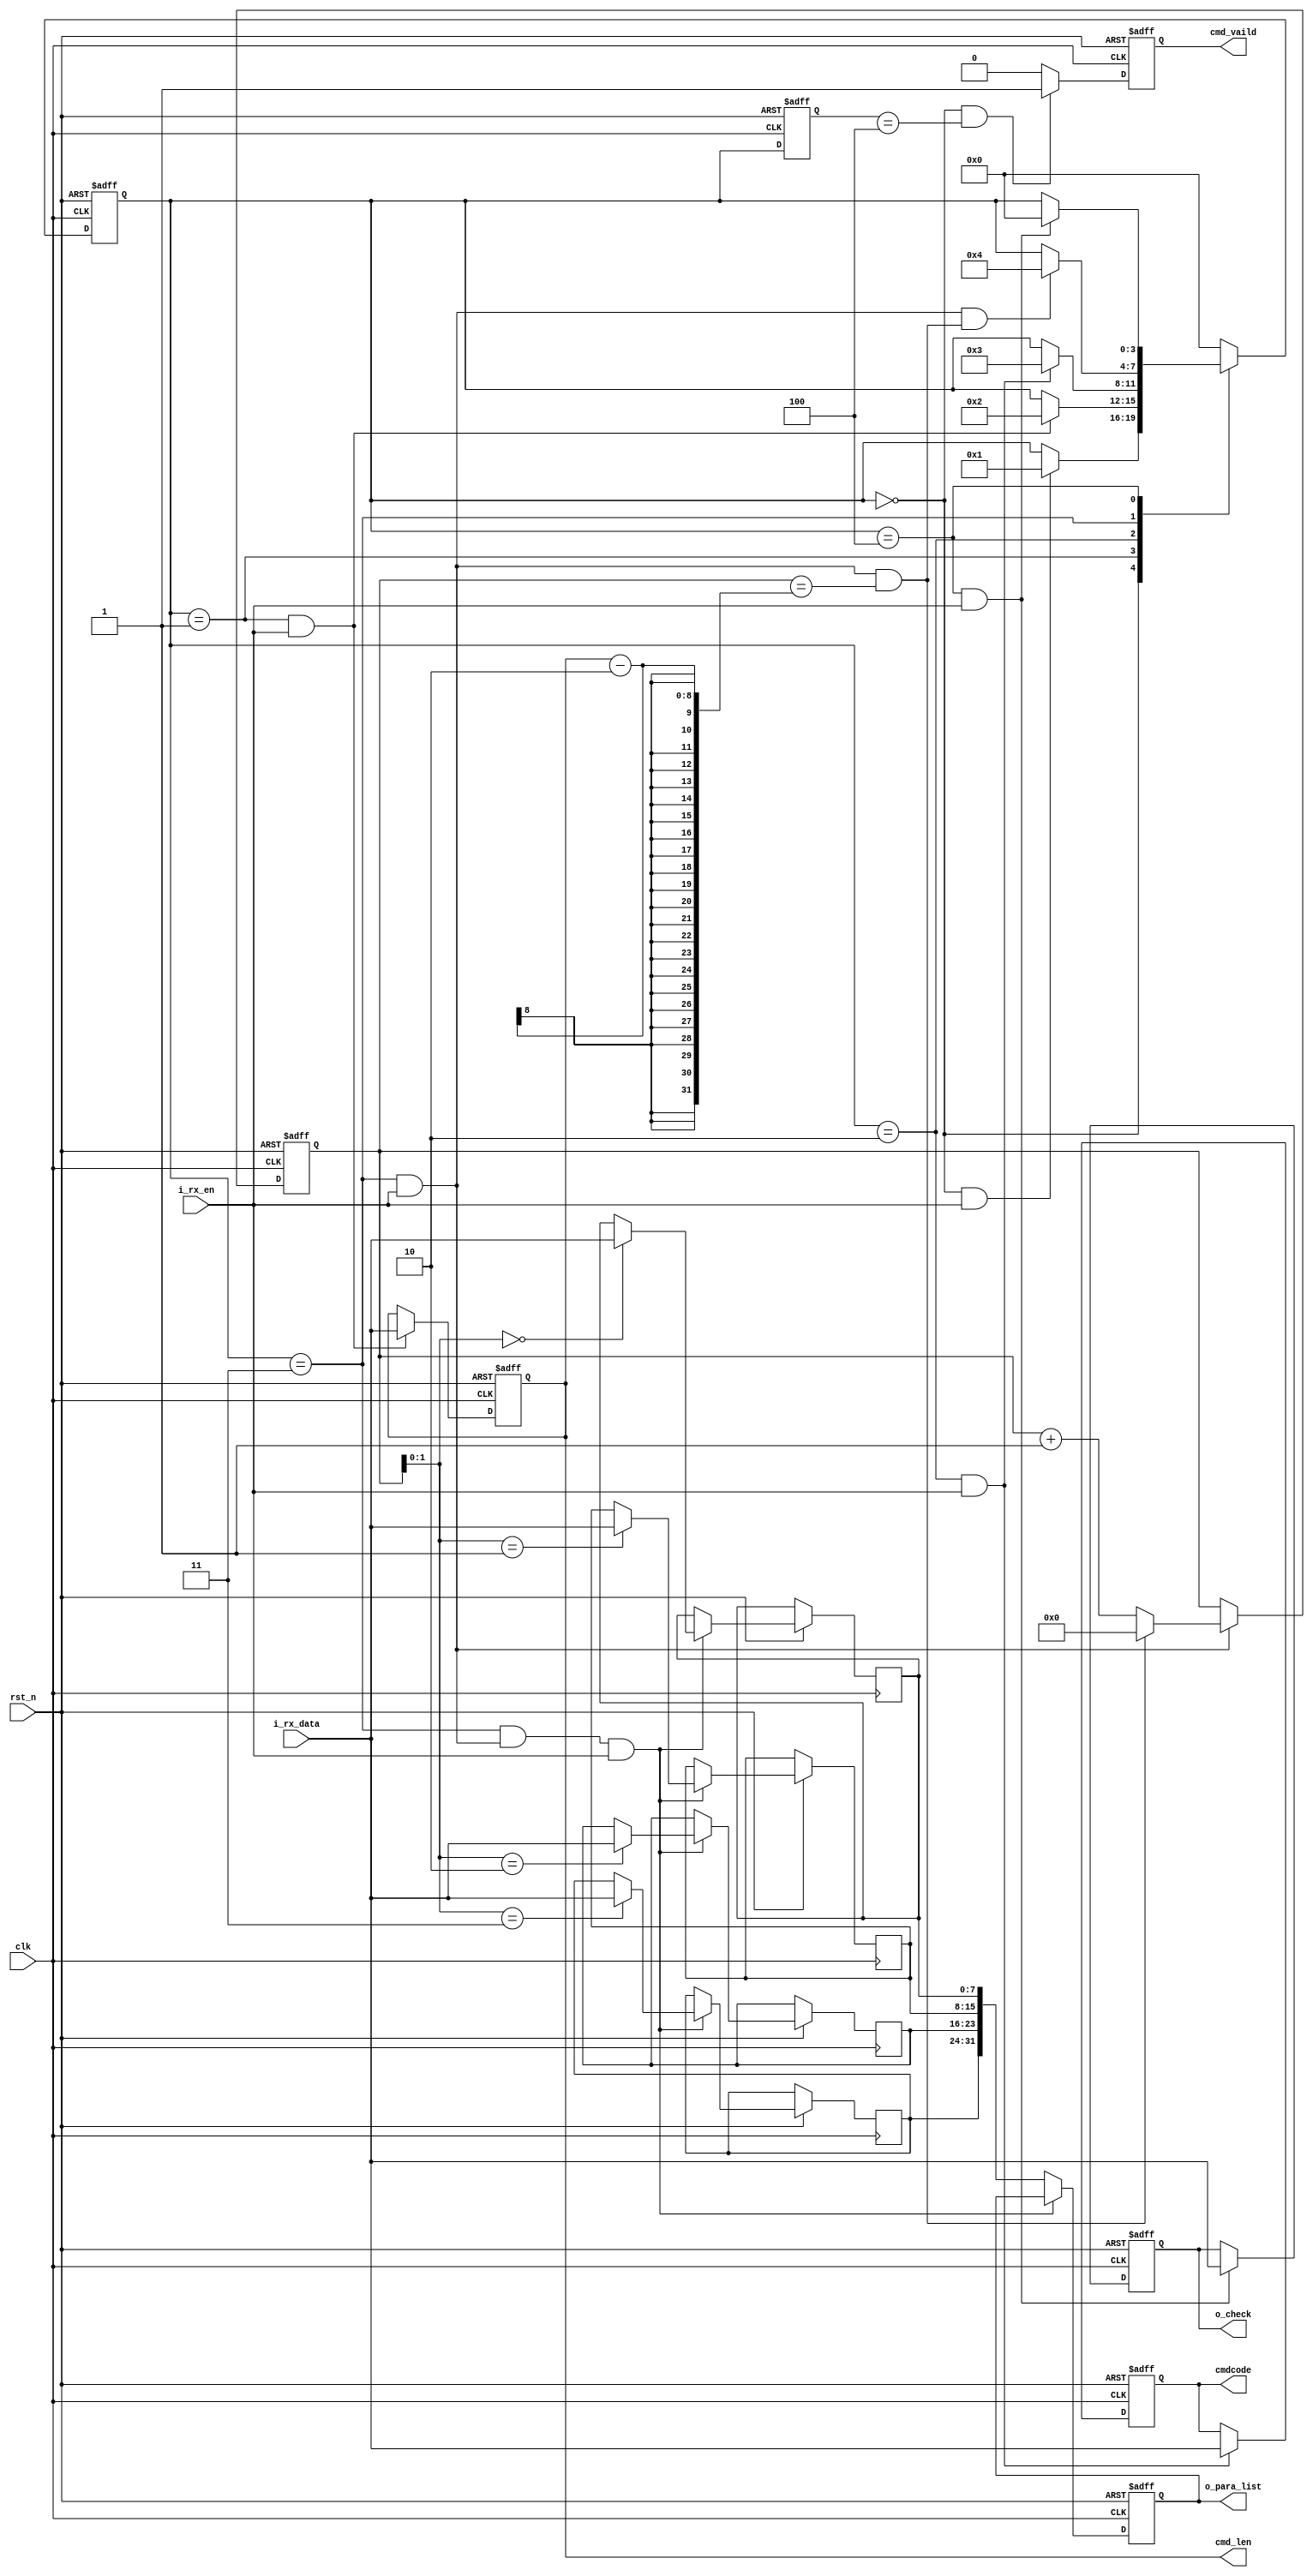
`timescale 1ns/1ps

module m_decoder(
	input				 	clk			    ,
	input				 	rst_n			,
	input				 	i_rx_en			,
	input		[7:0]	 	i_rx_data		,
	// output reg		 		o_led_en		,
	output reg	[31:0] 		o_para_list		,
	output reg	[7:0] 		o_check         ,
    output      [7:0]       cmdcode         ,
    output      [7:0]       cmd_len         ,
    output                  cmd_vaild
    );

//
localparam DATA_FRAME_HEADER	= 8'h40;
//
localparam DATA_FRAME_TAIL		= 8'hbc;	
//
localparam  BCODE =   0,
            CLEN  =   1,
            CMD   =   2,
            PARA  =   3,
            CHECK =   4;
//
reg     [7:0]       r_bootcode      ;
reg     [7:0]       r_cmdlen        ;
reg     [7:0]       r_cmdcode       ;
reg     [3:0]       state_c, state_n;
reg     [7:0]       byte1[3:0]      ;
//--
reg     [31:0]      cnt    ;
wire                add_cnt;
wire                end_cnt;
//
wire        bcode2clen_start    ;
wire        clen2cmd_start      ;
wire        cmd2para_start      ;
wire        para2check_start    ;
wire        check2bcode_start   ;
////////////////////////////////////////////
//
always @(posedge clk or negedge rst_n) begin
    if(!rst_n) begin
        state_c <= BCODE;
    end
    else begin
        state_c <= state_n;
    end
end
////////////////////////////////////////////
//
always @(*) begin
    case (state_c)
        BCODE : begin
            if(bcode2clen_start) begin
                state_n <= CLEN;
            end
            else begin
                state_n <= state_c;
            end
        end
        CLEN : begin
            if(clen2cmd_start) begin
                state_n <= CMD;
            end
            else begin
                state_n <= state_c;
            end
        end
        CMD : begin
            if(cmd2para_start) begin
                state_n <= PARA;
            end
            else begin
                state_n <= state_c;
            end
        end
        PARA : begin
            if(para2check_start) begin
                state_n <= CHECK;
            end
            else begin
                state_n <= state_c;
            end
        end
        CHECK : begin
            if(check2bcode_start) begin
                state_n <= BCODE;
            end
            else begin
                state_n <= state_c;
            end
        end
        default : begin
            state_n <= BCODE;
        end
    endcase
end

//--
assign  bcode2clen_start  = state_c==BCODE && i_rx_en==1              ;
assign  clen2cmd_start    = state_c==CLEN  && i_rx_en==1              ;
assign  cmd2para_start    = state_c==CMD   && i_rx_en==1              ;
assign  para2check_start  = state_c==PARA  && i_rx_en==1 && end_cnt==1;
assign  check2bcode_start = state_c==CHECK && i_rx_en==1              ;

//--always
//
always @(posedge clk or negedge rst_n) begin
    if(!rst_n) begin
        r_bootcode <= 8'b0;
        // o_led_en <= 'b0;
    end
    else if(state_c==BCODE && i_rx_en==1) begin
        if(i_rx_data == 8'h40) begin
            r_bootcode <= i_rx_data;
            // o_led_en <= 'b1;
        end
    end
    else begin
        // o_led_en <= 'b0;
    end
end

//
always @(posedge clk or negedge rst_n) begin
    if(!rst_n) begin
        r_cmdlen <= 8'b0;
    end
    else if(state_c==CLEN&&i_rx_en==1) begin
        r_cmdlen <= i_rx_data;
    end
    else begin
    end
end
assign cmd_len = r_cmdlen;
//
always @(posedge clk or negedge rst_n) begin
    if(!rst_n) begin
        r_cmdcode <= 8'b0;
    end
    else if(state_c==CMD&&i_rx_en==1) begin
        r_cmdcode <= i_rx_data;
    end
    else begin
    end
end
assign cmdcode = r_cmdcode;

//--
always @(posedge clk or negedge rst_n) begin
    if(!rst_n) begin
        cnt <= 0;
    end
    else if(add_cnt) begin
        if(end_cnt) begin
            cnt <= 0;
        end
        else begin
            cnt <= cnt + 1;
        end
    end
end
//
assign add_cnt = state_c==PARA && i_rx_en==1;
// //x-1, x=+=-2()
assign end_cnt = add_cnt && cnt == r_cmdlen - 2;

always @(posedge clk or negedge rst_n) begin
    if(!rst_n) begin
        o_para_list <= 32'b0;
    end
    else if(state_c==PARA && add_cnt==1 && i_rx_en==1) begin
        byte1[cnt] <= i_rx_data;
    end
    else begin
        o_para_list <= {byte1[3],byte1[2],byte1[1],byte1[0]};
    end
end

//CHECK
always @(posedge clk or negedge rst_n) begin
    if(!rst_n) begin
        o_check <= 8'b0;
        // o_led_en <= 1'b0;
    end
    else if(state_c==CHECK && i_rx_en==1) begin
        o_check <= i_rx_data;
        // o_led_en <= 1'b1;
    end
end

//cmd_vaild
reg          r_cmd_vaild;
reg  [3:0]   state_d;

always @(posedge clk or negedge rst_n) begin
    if(~rst_n) begin
        state_d <= 4'b0;
    end
    else begin
        state_d <= state_c;
    end
end

always @(posedge clk or negedge rst_n) begin
    if(!rst_n) begin
        r_cmd_vaild <= 1'b0;
    end
    else if(state_c==BCODE && state_d==CHECK) begin
        r_cmd_vaild <= 1'b1;
    end
    else begin
        r_cmd_vaild <= 1'b0;
    end
end
assign cmd_vaild = r_cmd_vaild;


endmodule